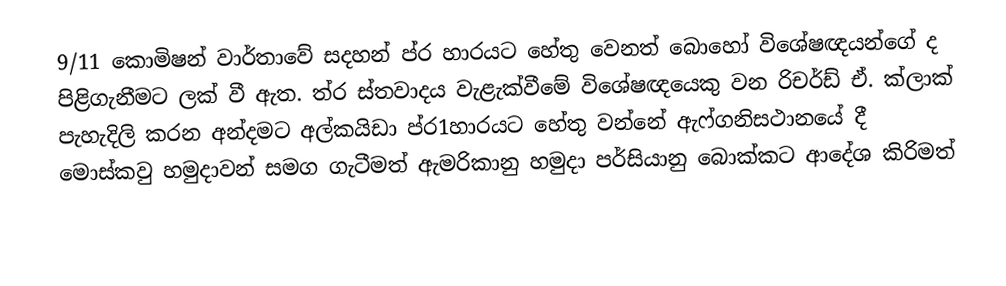
9/11 කොමිෂන් වාර්තාවේ සදහන් ප්ර හාරයට හේතු වෙනත් බොහෝ විශේෂඥයන්ගේ ද  පිළිගැනීමට ලක් වී ඇත. ත්ර ස්තවාදය වැළැක්වීමේ විශේෂඥයෙකු වන රිචර්ඩ් ඒ. ක්ලාක් පැහැදිලි කරන අන්දමට අල්කයිඩා ප්ර1හාරයට හේතු වන්නේ ඇෆ්ගනිසථානයේ දී මොස්කවු හමුදාවන් සමග ගැටීමත් ඇමරිකානු හමුදා පර්සියානු බොක්කට ආදේශ කිරිමත්